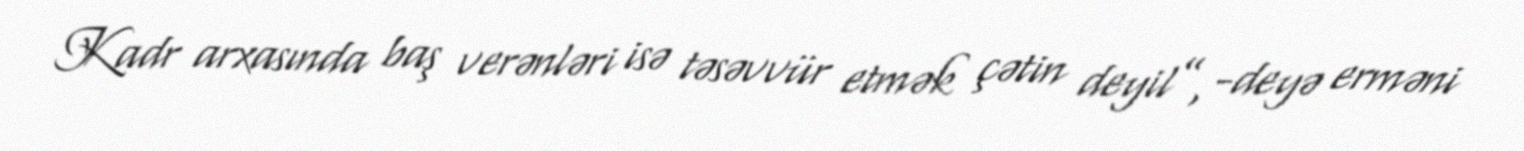
Kadr arxasında baş verənləri isə təsəvvür etmək çətin deyil”, -deyə erməni